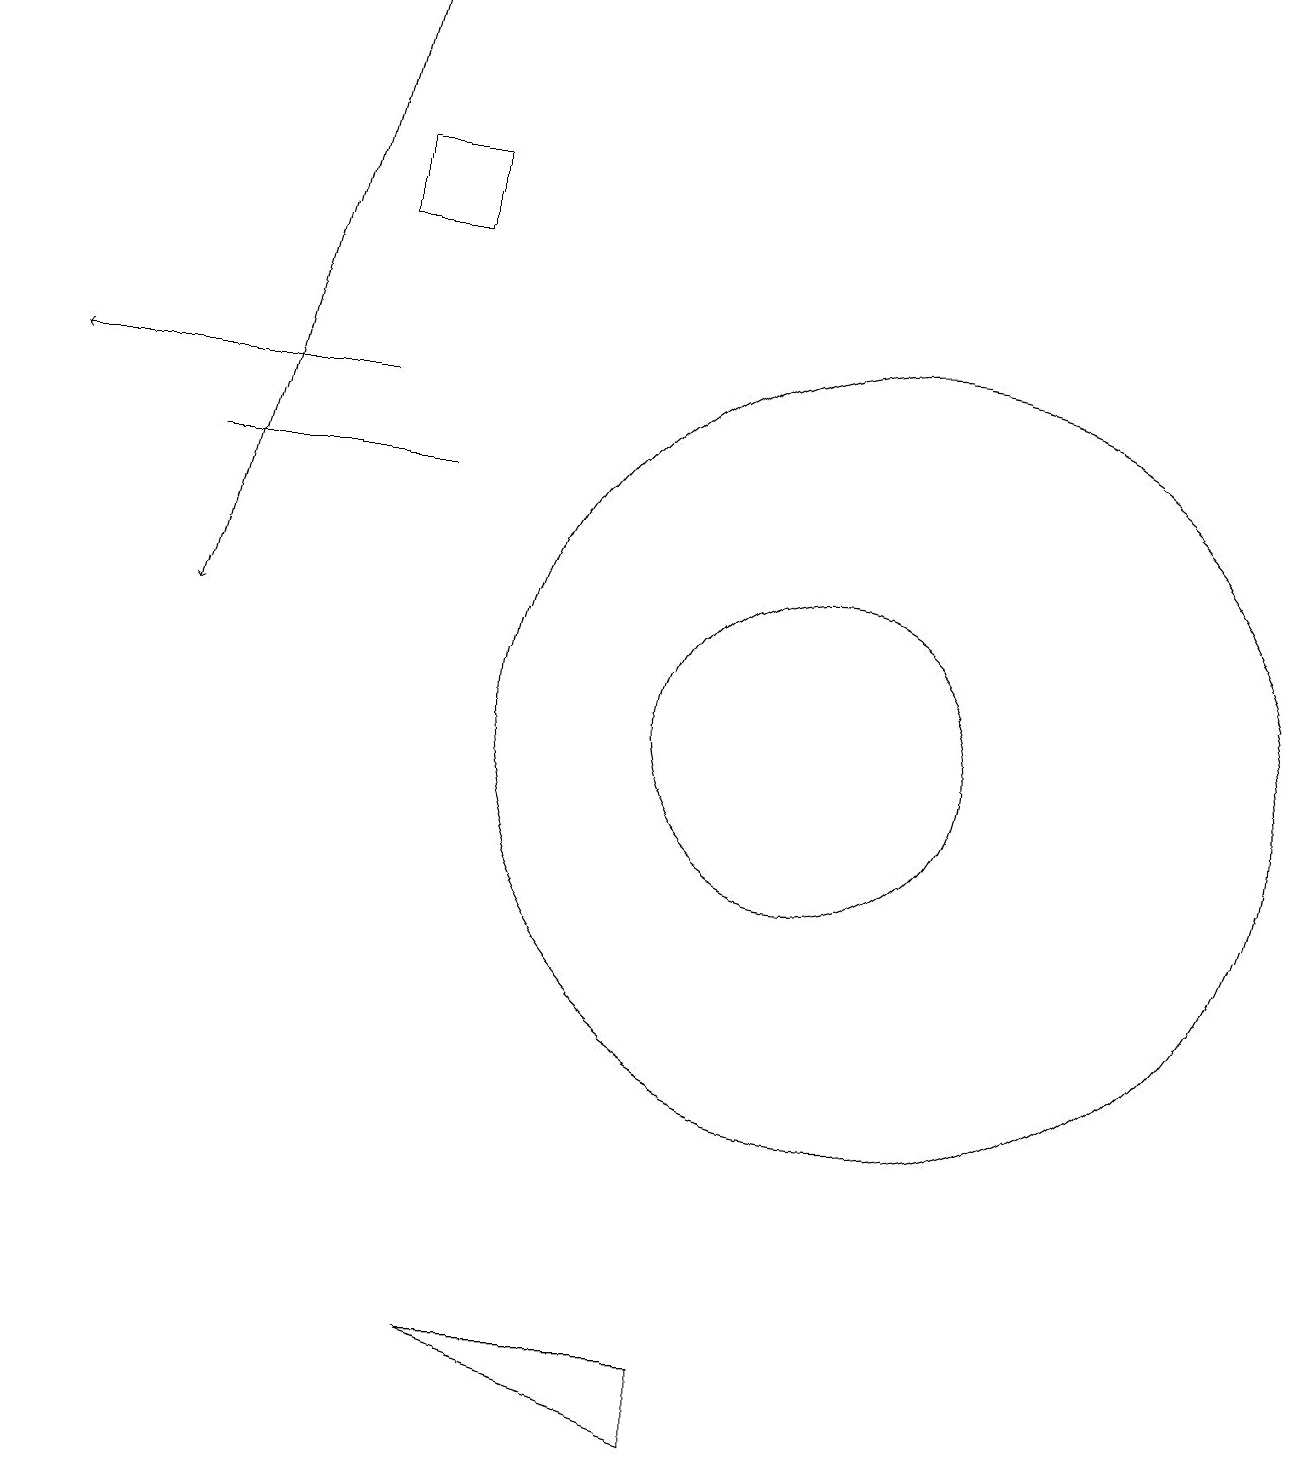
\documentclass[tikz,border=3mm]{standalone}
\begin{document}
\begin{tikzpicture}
\draw[->] (4,19) -- (2,11);
\draw (10,10) circle (2);
\draw (11,10) circle (5);
\draw (5,17) rectangle (4,16);
\draw (2,13) rectangle (5,13);
\draw[->] (4,14) -- (0,14);
\draw (6,2) -- (9,1) -- (9,2) -- cycle;
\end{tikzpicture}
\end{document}